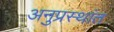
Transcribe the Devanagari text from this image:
अनुप्रस्थांत